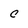
Character: c